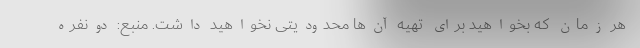
هر زمان که بخواهید برای تهیه آن‌ها محدودیتی نخواهید داشت. منبع: دونفره